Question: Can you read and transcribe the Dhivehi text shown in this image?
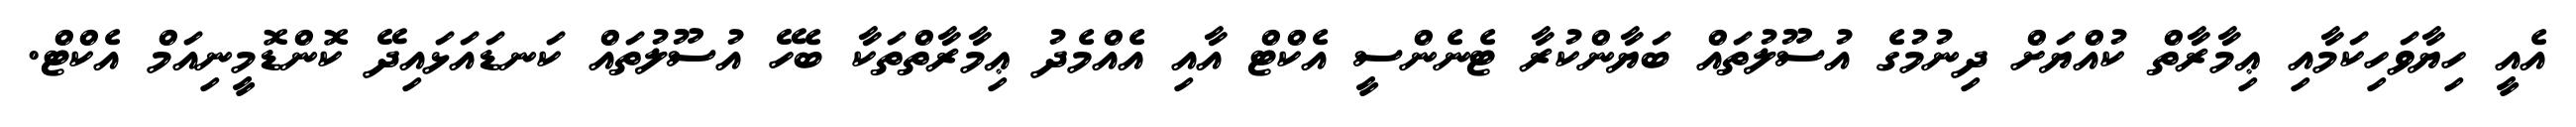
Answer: އެއީ ހިޔާވަހިކަމާއި ޢިމާރާތް ކުއްޔަށް ދިނުމުގެ އުސޫލުތައް ބަޔާންކުރާ ޓެނެންސީ އެކްޓް އާއި އެއްމެދު ޢިމާރާތްތަކާ ބެހޭ އުސޫލުތައް ކަނޑައަޅައިދޭ ކޮންޑޮމީނިއަމް އެކްޓް.